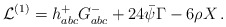
\begin{align*}{\cal L}^{(1)} = h^+_{abc} G^-_{abc} + 24 \bar\psi \Gamma- 6\rho X\, .\end{align*}